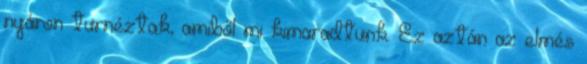
nyáron turnéztak, amiből mi kimaradtunk. Ez aztán az elmés